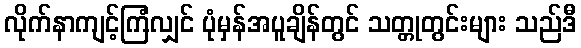
လိုက်နာကျင့်ကြံလျှင် ပုံမှန်အပူချိန်တွင် သတ္တုတွင်းများ သည်ဒီ